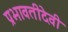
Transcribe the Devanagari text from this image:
प्रभावतीदेवी